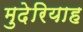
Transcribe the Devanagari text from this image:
मुदेरियाह